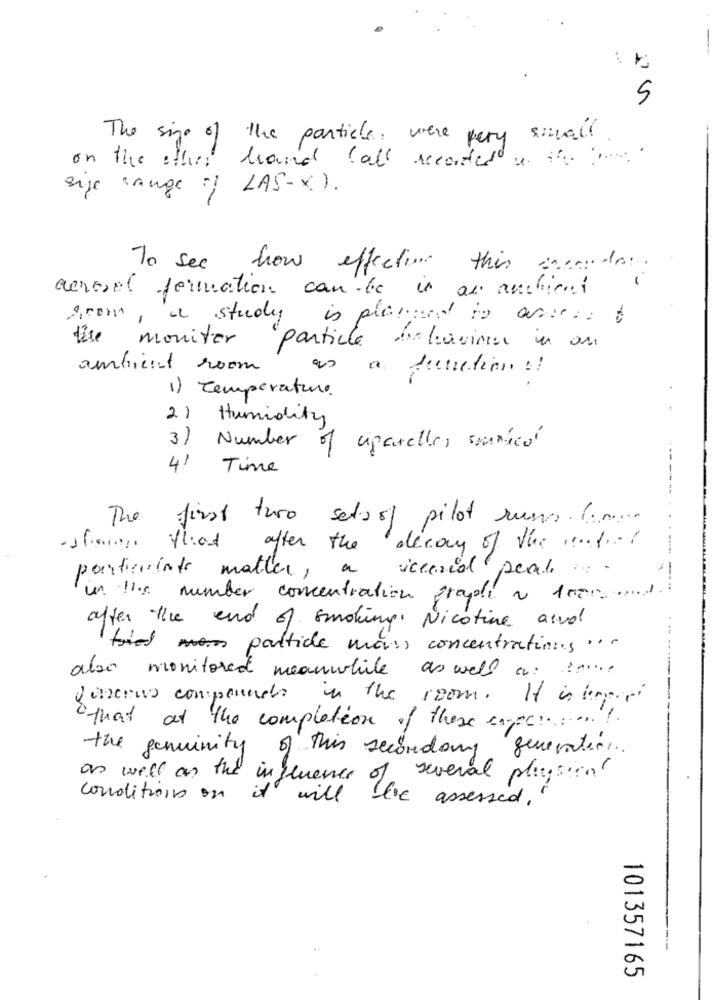
5
The size of the particle, were very small
on the other hand Call recorderdu Hh
.
size range of LAS-X ) .
To see how
effective
this eacordos.
aerosol formation can be is an archiei
scom, a study is planned to arest
the monitor
particle behaviour in an
ambient room
as a function !!
1) Temperature.
2) Humidity
3)
Number of ciparelles maicol
4!
Time
The
first two setsof pilot runs .......
after the decay of the ........
a icearid peal.
particuinte matter,
un !'s number concentration graple a tres .....
after the end of smoking. Nicotine and
tried particle mas, concentrations ...
also monitored meanwhile as well as !.....
Jonens compounds in the room. It is hopari
that at the completion of these cases ........!
the geminity of this secondary generates ..
as well as the influence
several playsin!
it
conditions on
will
assessed . "
101357165